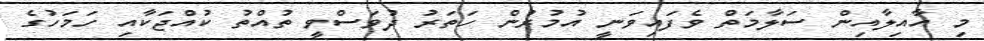
މި އާއިލާއިން ސަލާމަތް ވެފައިވަނީ އުމުރުން ހަތަރު ދުވަސްވީ ތުއްތު ކުއްޖަކާއި ހަމަހުގެ